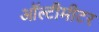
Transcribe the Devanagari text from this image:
ऑल्टीमीटर